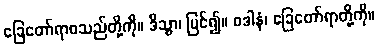
ခြေတော်ရာစသည်တို့ကို။ ဒိသွာ၊ မြင်၍။ ဝဒါနံ၊ ခြေတော်ရာတို့ကို။